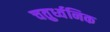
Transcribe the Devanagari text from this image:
चतुर्ध्वनिक